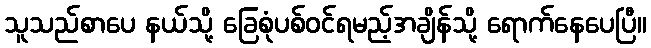
သူသည်စာပေ နယ်သို့ ခြေစုံပစ်ဝင်ရမည့်အချိန်သို့ ရောက်နေပေပြီ။